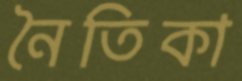
নৈতিকা